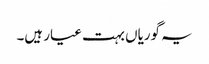
یہ گوریاں بہت عیار ہیں۔